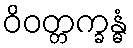
ဝိဝတ္တက္ခန္ဓံ